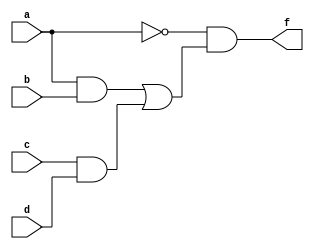
module MultiLevelSimplification (
    input wire a,        // Input variable a
    input wire b,        // Input variable b
    input wire c,        // Input variable c
    input wire d,        // Input variable d
    output wire f        // Output of the simplified logic function
);

// Intermediate signals for sub-functions
wire ab;               // Intermediate signal for AND operation
wire cd;               // Intermediate signal for AND operation
wire ab_or_cd;         // Intermediate signal for OR operation
wire not_a;            // Intermediate signal for NOT operation

// Step 1: Factorization
// Example: f = (a AND b) OR (c AND d)
// Implementing sub-functions
assign ab = a & b;     // AND gate for inputs a and b
assign cd = c & d;     // AND gate for inputs c and d

// Step 2: Combine outputs of sub-functions
assign ab_or_cd = ab | cd; // OR gate to combine the results of sub-functions

// Step 3: Additional simplifications (if applicable)
// Example: f = NOT(a) AND (ab OR cd)
// Implementing NOT operation
assign not_a = ~a;     // NOT gate for input a

// Final output combining previous results
assign f = not_a & ab_or_cd; // Final output combining NOT and OR results

endmodule